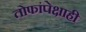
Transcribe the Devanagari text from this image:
तोफांपेक्षाही